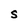
Character: S